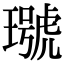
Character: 𤩭